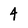
Character: 4